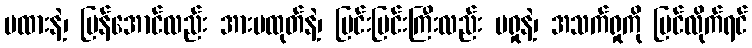
မထားနဲ့၊ မြန်အောင်လည်း အားမထုတ်နဲ့၊ ပြင်းပြင်းကြီးလည်း မရှုနဲ့၊ အသက်ရှုကို ပြင်လိုက်ရင်